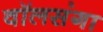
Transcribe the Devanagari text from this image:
वॉलसंगा